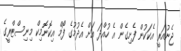
ޖެނުއަރީ އެކަކުން ފެށިގެން އެ ހުއްދަ އަށް އެދުމުގެ ފޯމް އިކޮނޮމިކް މިނިސްޓްރީގެ